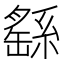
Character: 繇